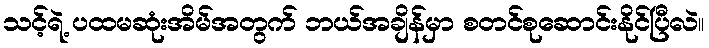
သင့်ရဲ့ ပထမဆုံးအိမ်အတွက် ဘယ်အချိန်မှာ စတင်စုဆောင်းနိုင်ပြီလဲ။